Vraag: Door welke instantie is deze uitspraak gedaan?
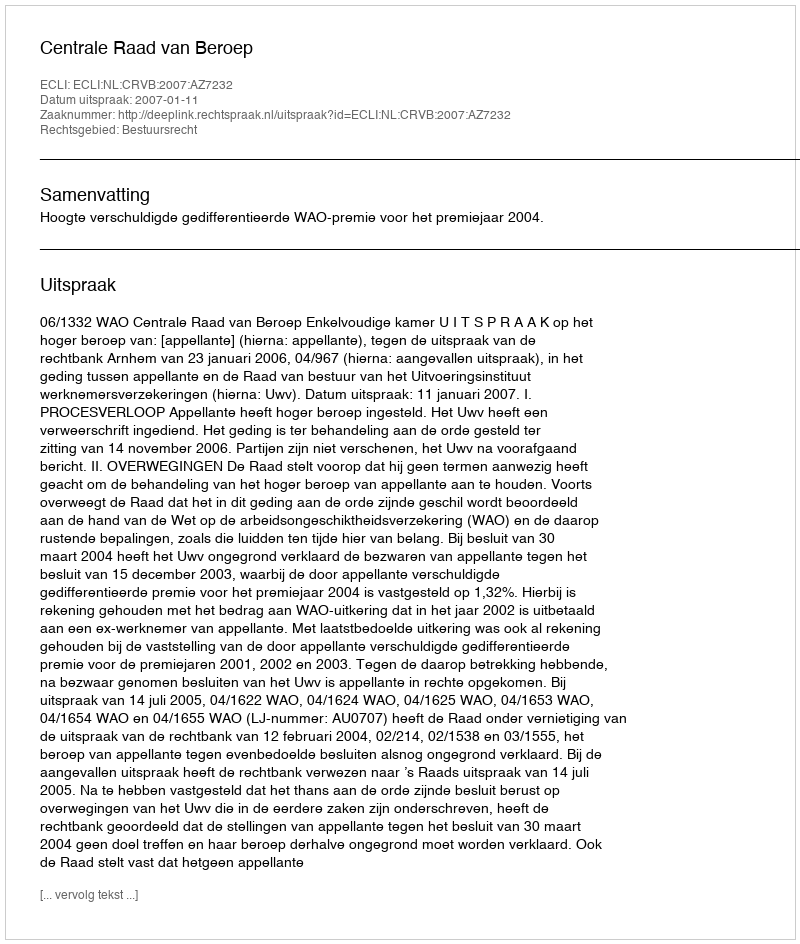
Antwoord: Centrale Raad van Beroep